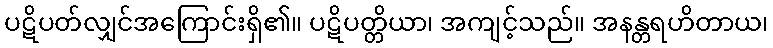
ပဋိပတ်လျှင်အကြောင်းရှိ၏။ ပဋိပတ္တိယာ၊ အကျင့်သည်။ အနန္တရဟိတာယ၊